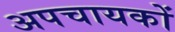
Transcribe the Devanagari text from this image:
अपचायकों